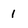
Character: 1